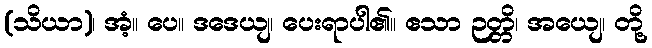
(သိယာ)၊ အံ့။ ပေ။ ဒဒေယျ၊ ပေးရာပါ၏။ ဧသာ ဉတ္တိ၊ အယျေ၊ တို့